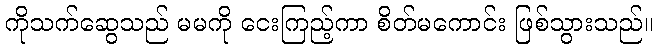
ကိုသက်ဆွေသည် မမကို ငေးကြည့်ကာ စိတ်မကောင်း ဖြစ်သွားသည်။